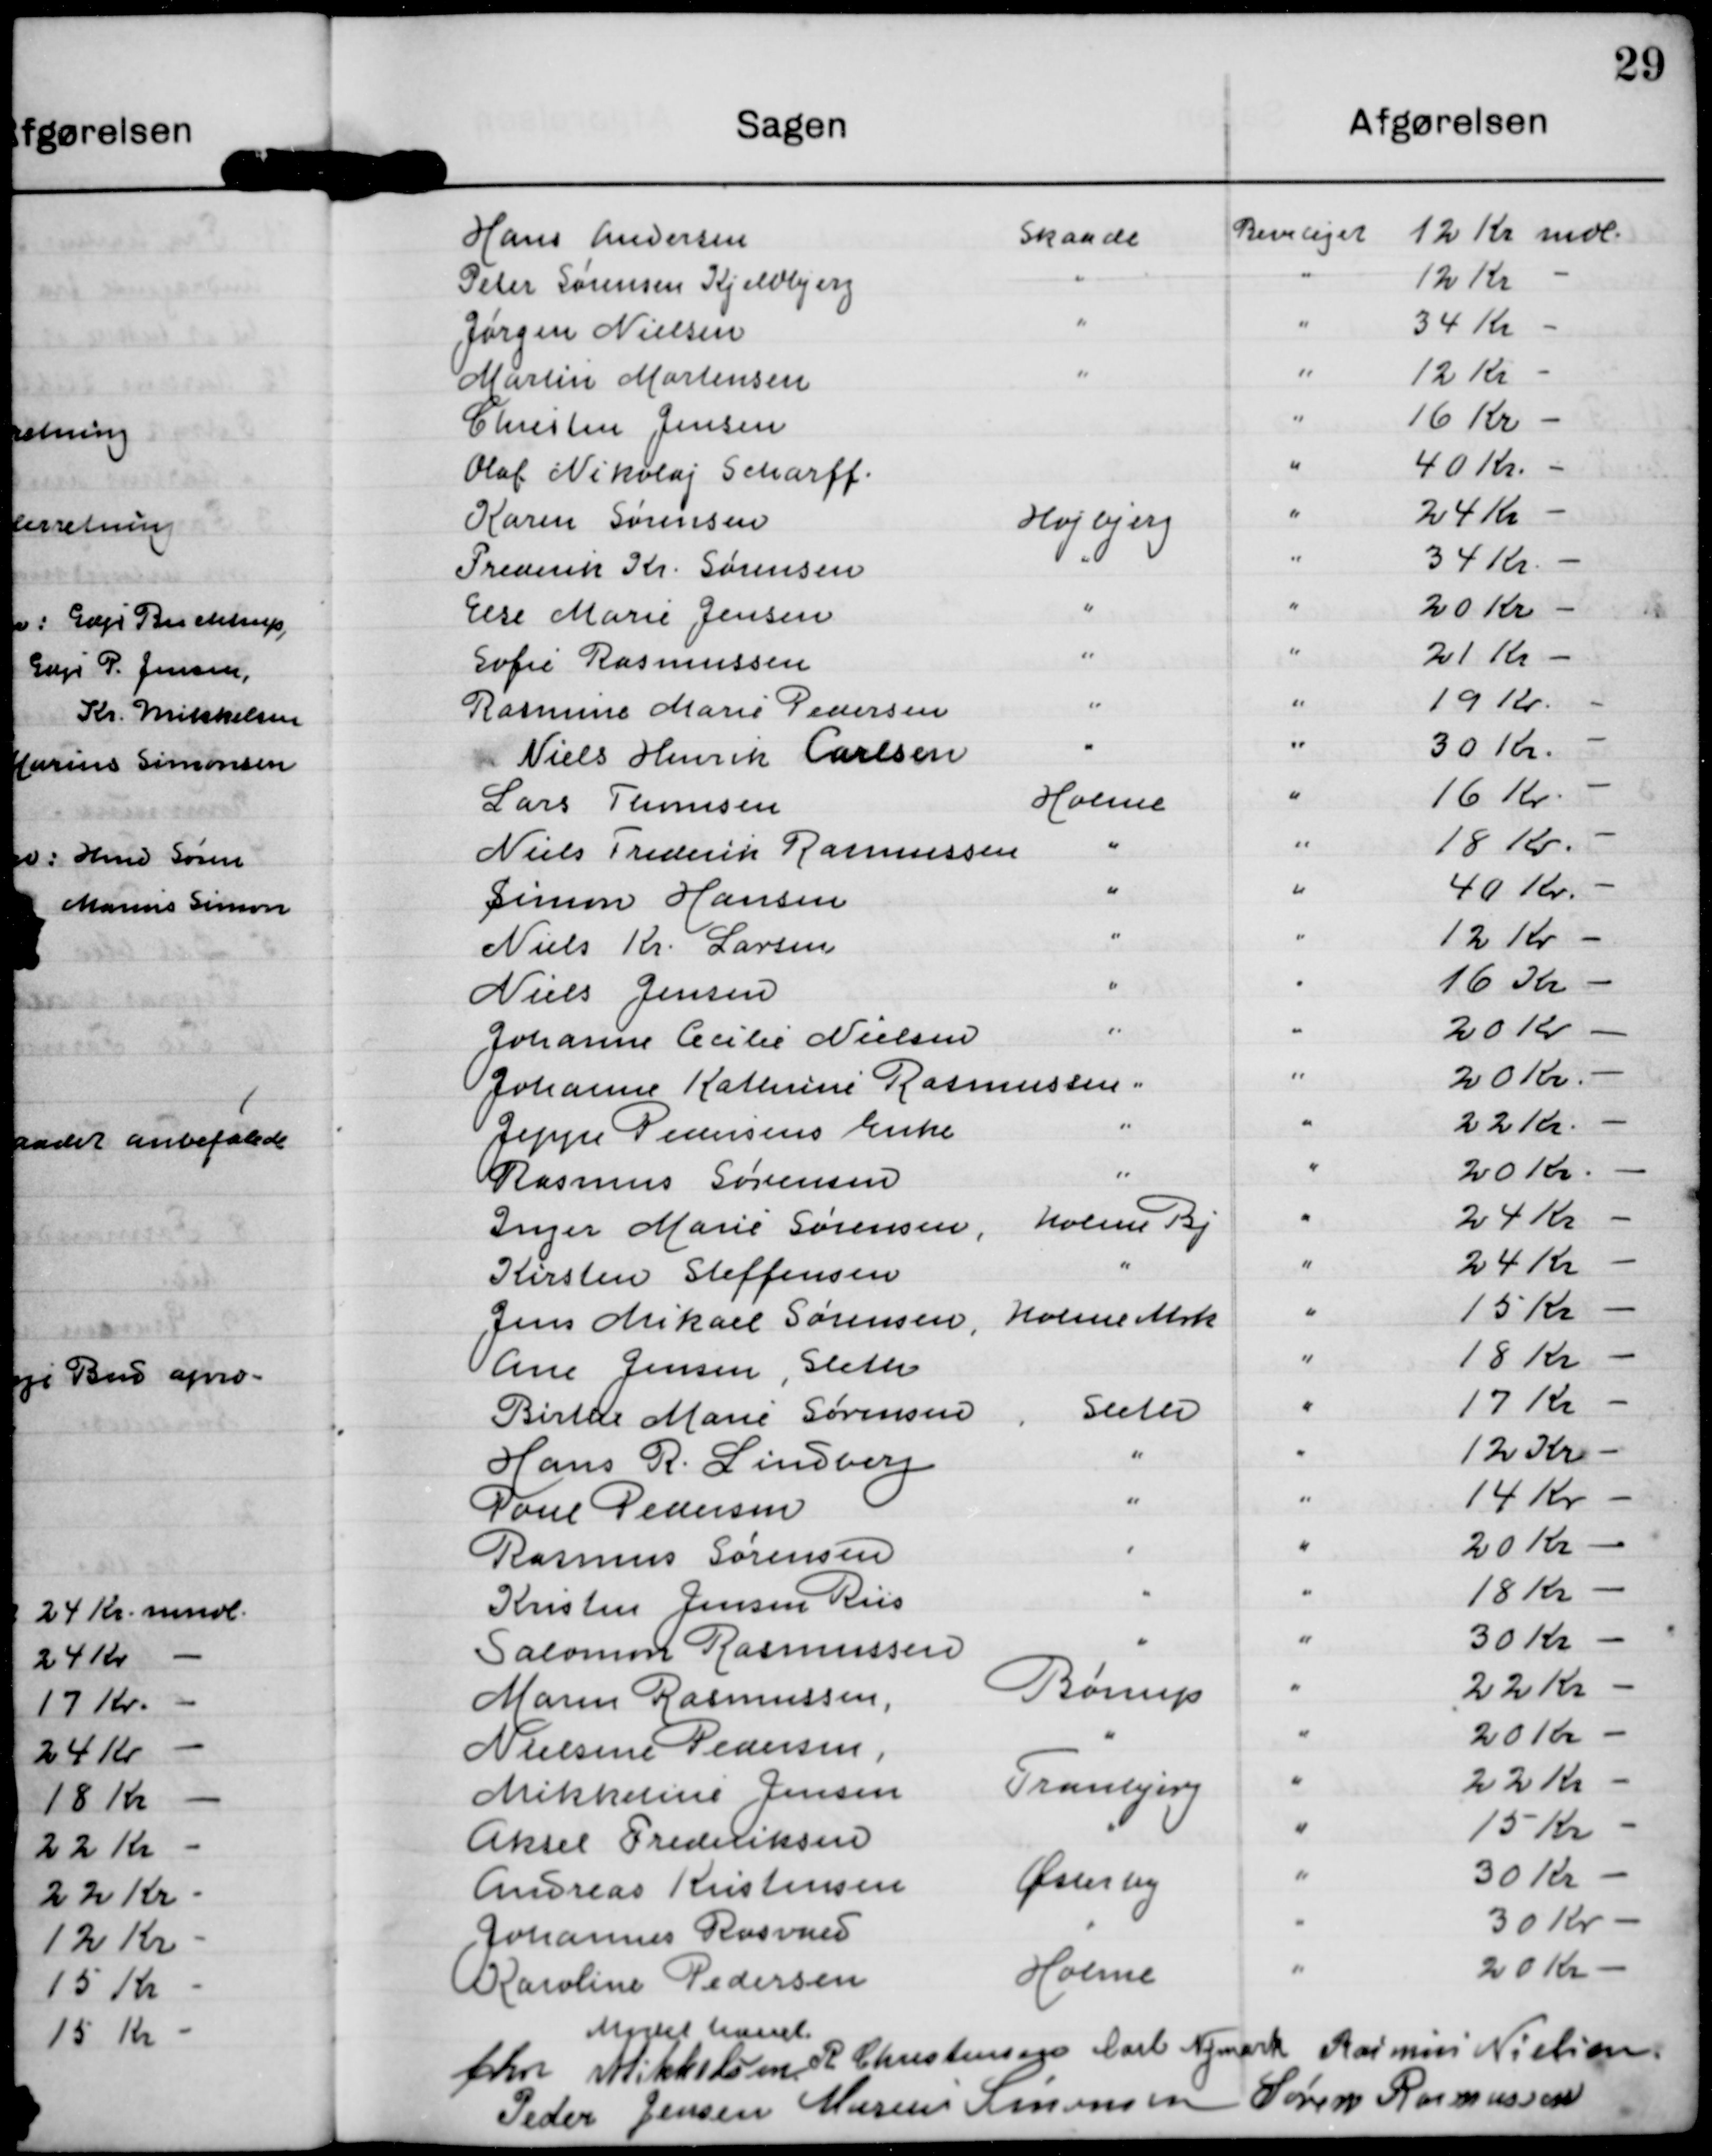
Transskription:
Hans Andersen
skaade
Peter Søunsen Kjeldbjerg
Jørgen Nielsen
Martin Mortensen
Christen Jensen
Olab Nikslaj Scharff.
Karen Sørensen
Hlajbjeng
Freaerik Kr. Sørensen
Elre Marie Jensen
Sofie Rasmussen
Rasmius Marie Pedersen
Niels Hnih Carlsen
Larr Tomsen
Hame
Niels Frederik Rasmussen
Luun Hansen
Niels K. Larsen
Niels Jensen
Johanne Acilir Nielsen
JJohanne Katmine Rasmussen
Jeppe Søensens Enke
Rasmus Søressen
Inger Marie Sørensen,
holme By
Kirsten StefJensen
Jens Mikael Sørensen, Holme Mrk
Ane Jensen, Eletee
Birte Marie Sørensen
Eleter
Hans R. Lenssen
Paul Pedersen
Rasmus Sørensen
Kristen Jensen Rus
Palomin Rasmussen
Mann Rasmussen
Børrup
Nielsen Pedersen,
Mikkelins Jensen Tranbjeng
Aksel Frederiksen
Audreas Kristensen
Øreny
Aohannes Rasvms
Karoline Pedersen
Holme

Beviliget 12 Kr mol
12 Kr
34 Kr
12 Kr
16 Kr
40 Kr.
24 Kr
34 Kr.
20 Kr
21 Kr
19120.
30 Kr.
16 Kr.
18 15.
40 Kr.
12 Kr -
16 Kr
20 Kr
20 Kr
22 Kr.
200 Kr.
24 Kr
24 Kr
15 Kr
18 Kr
17 Kr
12 Kr
14 Kr
20 Kr
18 Kr
30 Kr
22 Kr
201kr
22 Kr
15 Kr
30 Kr
30 Kr
20 Kr

Madsitesen

fher Kihulsen

R Christensen

Carl Nymark

Rasmus Nielsen

Peder Jensen

Marinsmensen

Søren Rasmussen